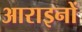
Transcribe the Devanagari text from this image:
आराइनों